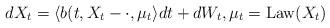
LaTeX: \begin{align*}dX_t=\langle b(t,X_t-\cdot,\mu_t\rangle dt+dW_t,\mu_t=\operatorname{Law}(X_t)\end{align*}